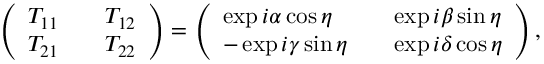
\left( \begin{array} { l l l } { { T _ { 1 1 } } } & { { } } & { { T _ { 1 2 } } } \\ { { T _ { 2 1 } } } & { { } } & { { T _ { 2 2 } } } \end{array} \right) = \left( \begin{array} { l l l } { { \exp { i \alpha } \cos { \eta } } } & { { } } & { { \exp { i \beta } \sin { \eta } } } \\ { { - \exp { i \gamma } \sin { \eta } } } & { { } } & { { \exp { i \delta } \cos { \eta } } } \end{array} \right) ,